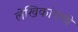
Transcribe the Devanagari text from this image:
लेखिकांमध्ये